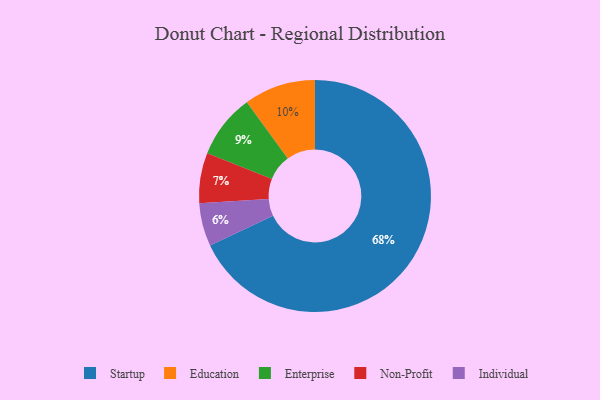
{"axis": {"x": "Category", "y": "Percentage"}, "legend": ["Education", "Enterprise", "Individual", "Non-Profit", "Startup"], "data": [{"x": "Non-Profit", "y": 7, "type": "Non-Profit"}, {"x": "Education", "y": 10, "type": "Education"}, {"x": "Individual", "y": 6, "type": "Individual"}, {"x": "Startup", "y": 68, "type": "Startup"}, {"x": "Enterprise", "y": 9, "type": "Enterprise"}]}